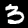
Digit: 3